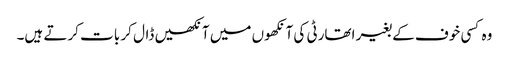
وہ کسی خوف کے بغیر اتھارٹی کی آنکھوں میں آنکھیں ڈال کر بات کرتے ہیں۔